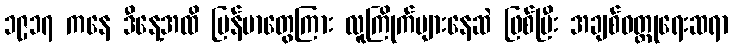
၁၉၁၇ ကနေ ဒီနေ့အထိ မြန်မာတွေကြား လူကြိုက်များနေဆဲ ဖြစ်ပြီး အချစ်ဝတ္ထုရေးဆရာ